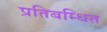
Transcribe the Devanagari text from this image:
प्रतिबम्धित